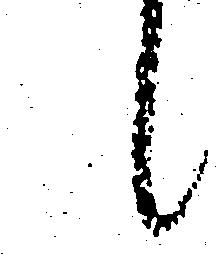
候